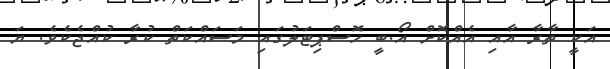
އަކީ ތާރާ އާއި އެއްކޮށް އޯ.ބީ ހޮސްޕިޓަލުގައި މަސައްކަތް ކުރާ ކުއްޖެކެވެ. ޔަ